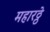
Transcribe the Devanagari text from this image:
महारठ्ठे